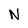
Character: N